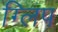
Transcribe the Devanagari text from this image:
ग्लिप